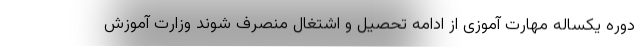
دوره یکساله مهارت آموزی از ادامه تحصیل و اشتغال منصرف شوند وزارت آموزش